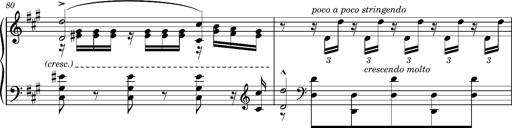
Title: Cavatine de Robert le Diable
Composer: Franz Liszt
Key: F-sharp minor